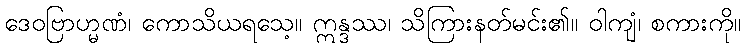
ဒေဝဗြာဟ္မဏံ၊ ကောသိယရသေ့။ ဣန္ဒဿ၊ သိကြားနတ်မင်း၏။ ဝါကျံ၊ စကားကို။